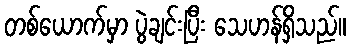
တစ်ယောက်မှာ ပွဲချင်းပြီး သေဟန်ရှိသည်။